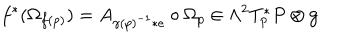
f ^ { * } ( \Omega _ { f ( p ) } ) = A _ { \gamma ( p ) ^ { - 1 } * e } \circ \Omega _ { p } \in \Lambda ^ { 2 } T _ { p } ^ { * } P \otimes { \bf g }